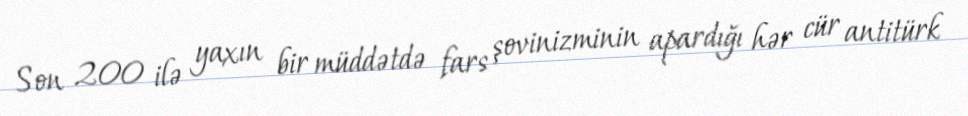
Son 200 ilə yaxın bir müddətdə fars şovinizminin apardığı hər cür antitürk